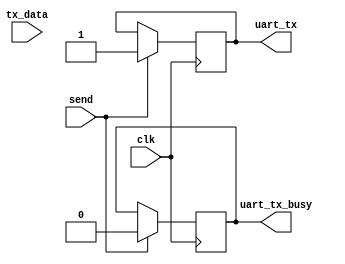
module uart_send #(
    parameter BAUD_RATE = 115200
    )(
    input             clk,
    input       [7:0] tx_data,
    input             send,
    output  reg       uart_tx,
    output  reg       uart_tx_busy
    );

    //----------------------------------------------------------------------------
    // localparams
    //----------------------------------------------------------------------------
    localparam UART_PERIOD = 1000000000/BAUD_RATE;   // nS

    // each clock, trigger the task. Only if send == 1'b1
    //----------------------------------------------------------------------------
    always @(posedge clk) begin
        if (send) begin
            task_uart_tx;
        end
    end

    //----------------------------------------------------------------------------
    // task
    //----------------------------------------------------------------------------
    task task_uart_tx;
        reg [9:0] tx_buffer;    // output buffer
        integer tx_cnt;         // counter
        // task
        begin
            #(1);                                   // delay FTW
            uart_tx_busy = 1'b1;                    //
            uart_tx      = 1'b1;                    // idle
            tx_buffer    = {1'b1, tx_data, 1'b0};   // extend data
            for(tx_cnt = 0; tx_cnt < 10; tx_cnt = tx_cnt + 1) begin
                #(UART_PERIOD);
                uart_tx = tx_buffer[tx_cnt];
            end
            uart_tx_busy = 1'b0;
        end
    endtask
endmodule